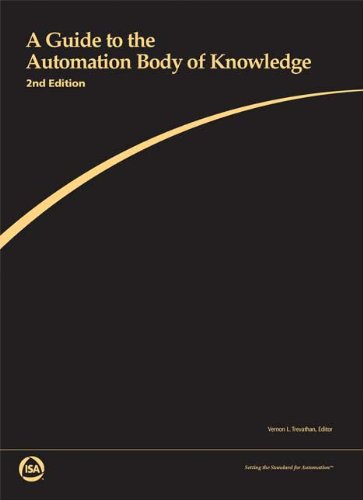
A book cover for A Guide to the Automation Body of Knowledge, 2nd Edition; Vernon Trevathan; Computers & Technology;